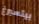
بيتسبرغ